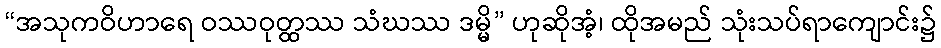
“အသုကဝိဟာရေ ဝဿဝုတ္ထဿ သံဃဿ ဒမ္မိ” ဟုဆိုအံ့၊ ထိုအမည် သုံးသပ်ရာကျောင်း၌